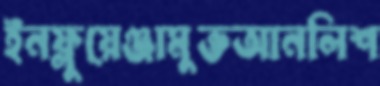
ইনফ্লুয়েঞ্জামুক্তআনলিশ